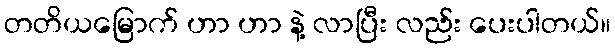
တတိယမြောက် ဟာ ဟာ နဲ့ လာပြီး လည်း ပေးပါတယ်။